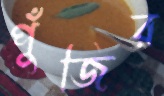
পুঁজির